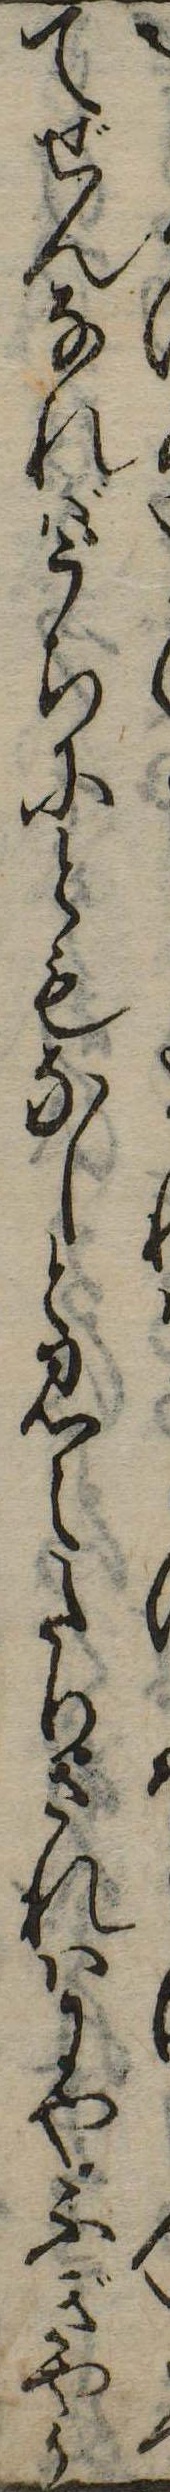
てぜんなればうちにともなしと見えたりされはにやぶぎやう